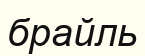
брайль